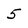
Character: 5